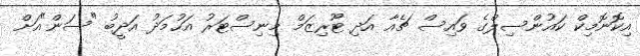
އިކޮނޮމިކް ކައުންސިލްގެ ވައިސް ޗެއާ އަދި ޓޫރިޒަމް މިނިސްޓަރު އަހުމަދު އަދީބު "ސަން"އަށް